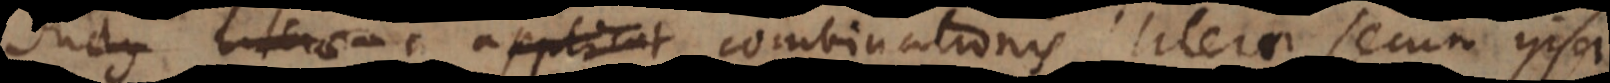
ductus literae applicat combinationis literae secum ipsa.